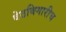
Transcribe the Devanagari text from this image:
वेठबिगारीच